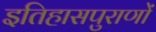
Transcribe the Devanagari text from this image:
इतिहासपुराणों